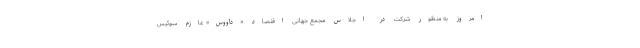
امروز به منظور شرکت در اجلاس مجمع جهانی اقتصاد «داووس» عازم سوئیس